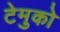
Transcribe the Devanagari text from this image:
टेमुको